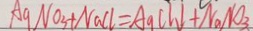
A g N O _ { 3 } + N a C l = A g C l \downarrow + N a N O _ { 3 }